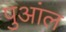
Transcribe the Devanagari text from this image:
पुआंल